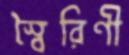
স্বৈরিণী